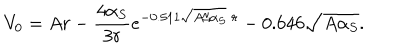
V _ { 0 } = A r - \frac { 4 \alpha _ { S } } { 3 r } e ^ { - 0 . 5 1 1 \sqrt { A / \alpha _ { S } } \; r } - 0 . 6 4 6 \sqrt { A \alpha _ { S } } .